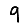
Digit: 9